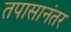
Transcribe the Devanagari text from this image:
तपासानंतर